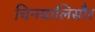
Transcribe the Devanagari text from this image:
चिनयालिसौर